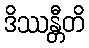
ဒိဿန္တီတိ